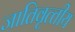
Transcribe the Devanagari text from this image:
जातिवृत्‍तीय